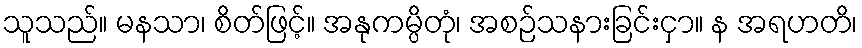
သူသည်။ မနသာ၊ စိတ်ဖြင့်။ အနုကမ္ပိတုံ၊ အစဉ်သနားခြင်းငှာ။ န အရဟတိ၊